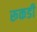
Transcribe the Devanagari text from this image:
रूकडी